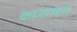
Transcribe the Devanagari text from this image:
कप्र्सारन